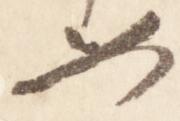
如